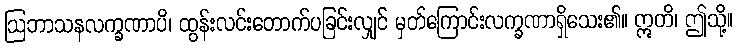
ဩဘာသနလက္ခဏာပိ၊ ထွန်းလင်းတောက်ပခြင်းလျှင် မှတ်ကြောင်းလက္ခဏာရှိသေး၏။ ဣတိ၊ ဤသို့။